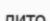
лито